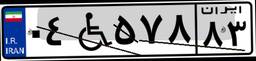
۰۴W۵۷۸۸۳